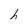
Character: h